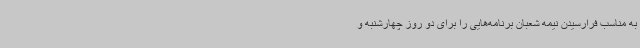
به مناسب فرارسیدن نیمه شعبان برنامه‌هایی را برای دو روز چهارشنبه و